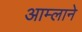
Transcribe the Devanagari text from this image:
आम्लाने